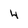
Character: 4